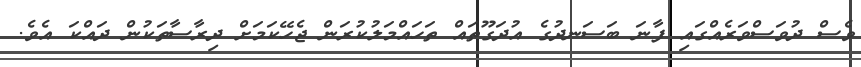
ވެސް ދުވަސްވަރެއްގައި ފާނަ ބަސަނދުގެ އުދަގޫތައް ތަހައްމަލުކުރަން ޖެހޭކަމަށް ދިރާސާތަކުން ދައްކަ އެވެ.